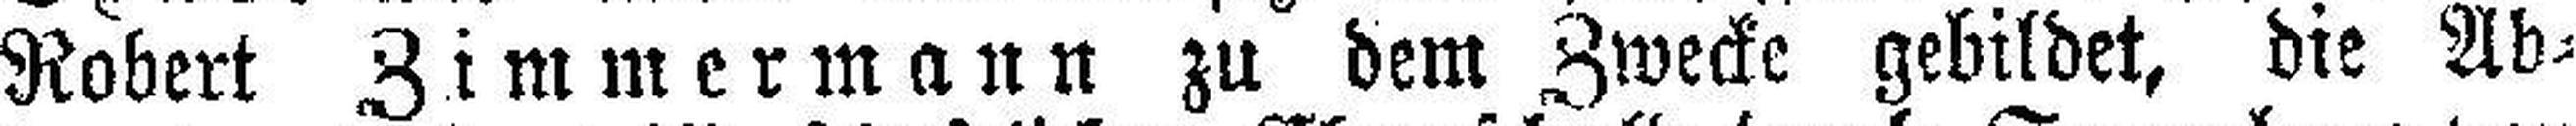
Robert Zimmermann zu dem Zwecke gebildet, die Ab¬